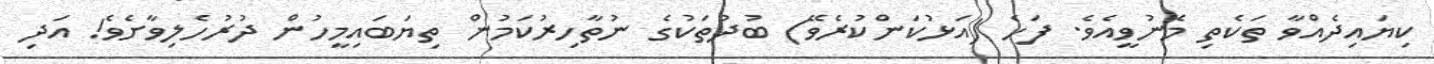
ކިޔައިދެއްވާ ތަކެތި މެނުވީއެވެ. ފަހެ (އަޅުކަންކުރެވޭ) ބުދުތަކުގެ ނުތާހިރުކަމުން ތިޔަބައިމީހުން ދުރުހެލިވާށެވެ! އަދި